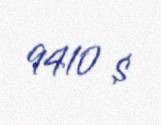
9410 $